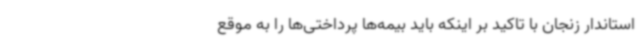
استاندار زنجان با تاکید بر اینکه باید بیمه‌ها پرداختی‌ها را به موقع